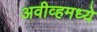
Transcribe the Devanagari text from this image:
अवीव्हमध्ये